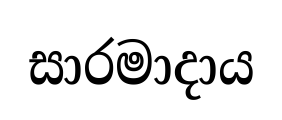
සාරමාදාය